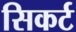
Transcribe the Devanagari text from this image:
सिकर्ट